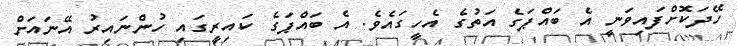
ހޭދަކޮށްފައިވަނީ އެ ބައްޕަގެ އަތުގެ އެހީގައެވެ. އެ ބައްޕަގެ ކައިރީގައި ހުންނައިރު އޭނައަށް